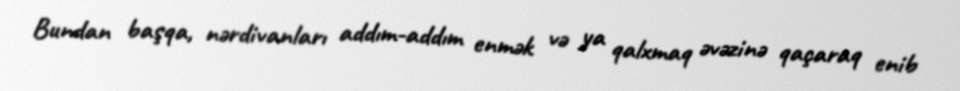
Bundan başqa, nərdivanları addım-addım enmək və ya qalxmaq əvəzinə qaçaraq enib